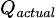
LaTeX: \scriptstyle Q_{actual}